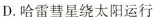
D.哈雷彗星绕太阳运行